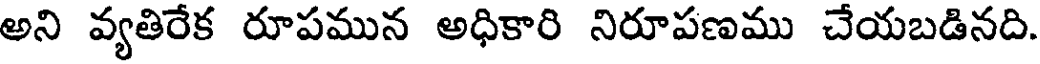
అని వ్యతిరేక రూపమున అధికారి నిరూపణము చేయబడినది.